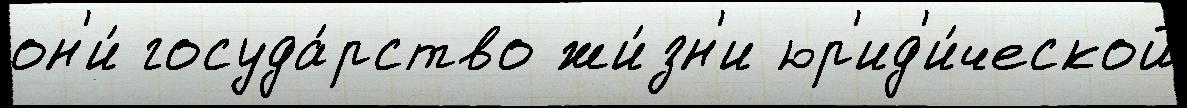
он'и́ госуда́рство жи́зн'и юр'ид'и́ческой